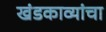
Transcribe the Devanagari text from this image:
खंडकाव्यांचा